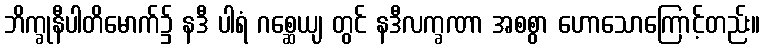
ဘိက္ခုနီပါတိမောက်၌ နဒီ ပါရံ ဂစ္ဆေယျ တွင် နဒီလက္ခဏာ အစစွာ ဟောသောကြောင့်တည်း။